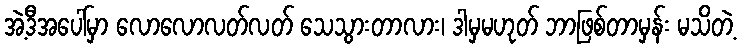
အဲ့ဒီအပေါ်မှာ လောလောလတ်လတ် သေသွားတာလား၊ ဒါမှမဟုတ် ဘာဖြစ်တာမှန်း မသိတဲ့